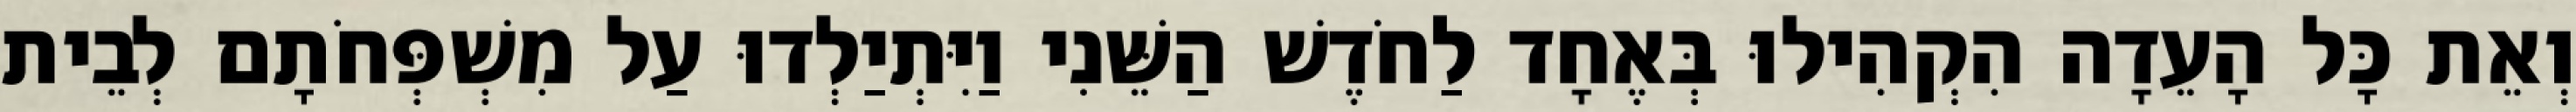
וְאֵת כָּל הָעֵדָה הִקְהִילוּ בְּאֶחָד לַחֹדֶשׁ הַשֵּׁנִי וַיִּתְיַלְדוּ עַל מִשְׁפְּחֹתָם לְבֵית